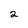
Character: 2